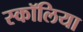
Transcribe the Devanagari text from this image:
स्कॉलिया